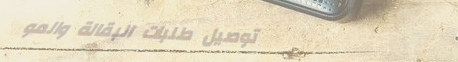
توصيل طلبات البقالة والمو